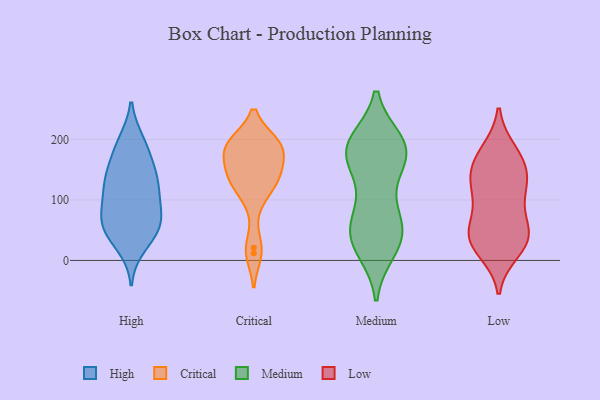
{"axis": {"x": "Humidity (%)", "y": "Value"}, "legend": ["Critical", "High", "Low", "Medium"], "data": [{"x": "", "y": 106, "type": "High"}, {"x": "", "y": 45, "type": "High"}, {"x": "", "y": 141, "type": "High"}, {"x": "", "y": 148, "type": "High"}, {"x": "", "y": 65, "type": "High"}, {"x": "", "y": 46, "type": "High"}, {"x": "", "y": 78, "type": "High"}, {"x": "", "y": 24, "type": "High"}, {"x": "", "y": 177, "type": "High"}, {"x": "", "y": 196, "type": "High"}, {"x": "", "y": 119, "type": "High"}, {"x": "", "y": 85, "type": "High"}, {"x": "", "y": 124, "type": "High"}, {"x": "", "y": 137, "type": "High"}, {"x": "", "y": 64, "type": "High"}, {"x": "", "y": 194, "type": "High"}, {"x": "", "y": 54, "type": "High"}, {"x": "", "y": 100, "type": "Critical"}, {"x": "", "y": 192, "type": "Critical"}, {"x": "", "y": 136, "type": "Critical"}, {"x": "", "y": 131, "type": "Critical"}, {"x": "", "y": 192, "type": "Critical"}, {"x": "", "y": 186, "type": "Critical"}, {"x": "", "y": 172, "type": "Critical"}, {"x": "", "y": 193, "type": "Critical"}, {"x": "", "y": 12, "type": "Critical"}, {"x": "", "y": 21, "type": "Critical"}, {"x": "", "y": 136, "type": "Critical"}, {"x": "", "y": 158, "type": "Critical"}, {"x": "", "y": 193, "type": "Critical"}, {"x": "", "y": 133, "type": "Critical"}, {"x": "", "y": 130, "type": "Medium"}, {"x": "", "y": 25, "type": "Medium"}, {"x": "", "y": 178, "type": "Medium"}, {"x": "", "y": 173, "type": "Medium"}, {"x": "", "y": 187, "type": "Medium"}, {"x": "", "y": 183, "type": "Medium"}, {"x": "", "y": 183, "type": "Medium"}, {"x": "", "y": 85, "type": "Medium"}, {"x": "", "y": 31, "type": "Medium"}, {"x": "", "y": 48, "type": "Medium"}, {"x": "", "y": 52, "type": "Medium"}, {"x": "", "y": 169, "type": "Medium"}, {"x": "", "y": 68, "type": "Medium"}, {"x": "", "y": 47, "type": "Medium"}, {"x": "", "y": 194, "type": "Medium"}, {"x": "", "y": 195, "type": "Medium"}, {"x": "", "y": 18, "type": "Medium"}, {"x": "", "y": 48, "type": "Low"}, {"x": "", "y": 34, "type": "Low"}, {"x": "", "y": 102, "type": "Low"}, {"x": "", "y": 16, "type": "Low"}, {"x": "", "y": 34, "type": "Low"}, {"x": "", "y": 117, "type": "Low"}, {"x": "", "y": 36, "type": "Low"}, {"x": "", "y": 171, "type": "Low"}, {"x": "", "y": 137, "type": "Low"}, {"x": "", "y": 69, "type": "Low"}, {"x": "", "y": 180, "type": "Low"}, {"x": "", "y": 166, "type": "Low"}, {"x": "", "y": 125, "type": "Low"}, {"x": "", "y": 144, "type": "Low"}, {"x": "", "y": 39, "type": "Low"}]}